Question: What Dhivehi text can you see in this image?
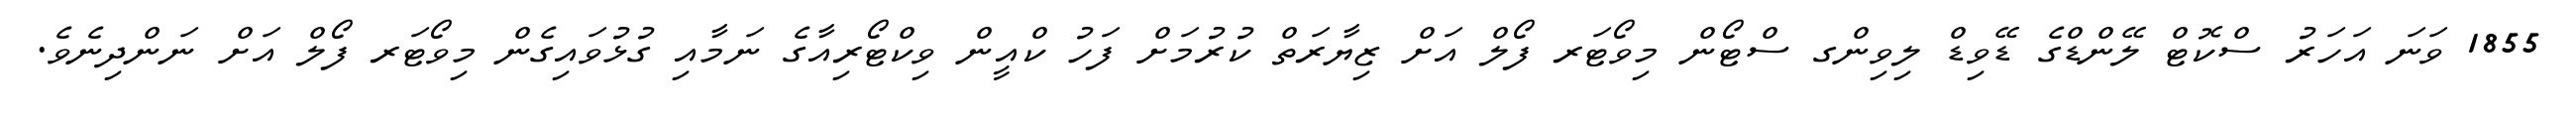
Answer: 1855 ވަނަ އަހަރު ސްކޮޓް ލޭންޑްގެ ޑޭވިޑް ލިވިންގ ސްޓޯން މިވޯޓަރ ފޯލް އަށް ޒިޔާރަތް ކުރުމަށް ފަހު ކްއީން ވިކްޓޯރިއާގެ ނަމާއި ގުޅުވައިގެން މިވޯޓަރ ފޯލް އަށް ނަންދިނެވެ.